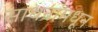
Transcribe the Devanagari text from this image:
साधनांमधून